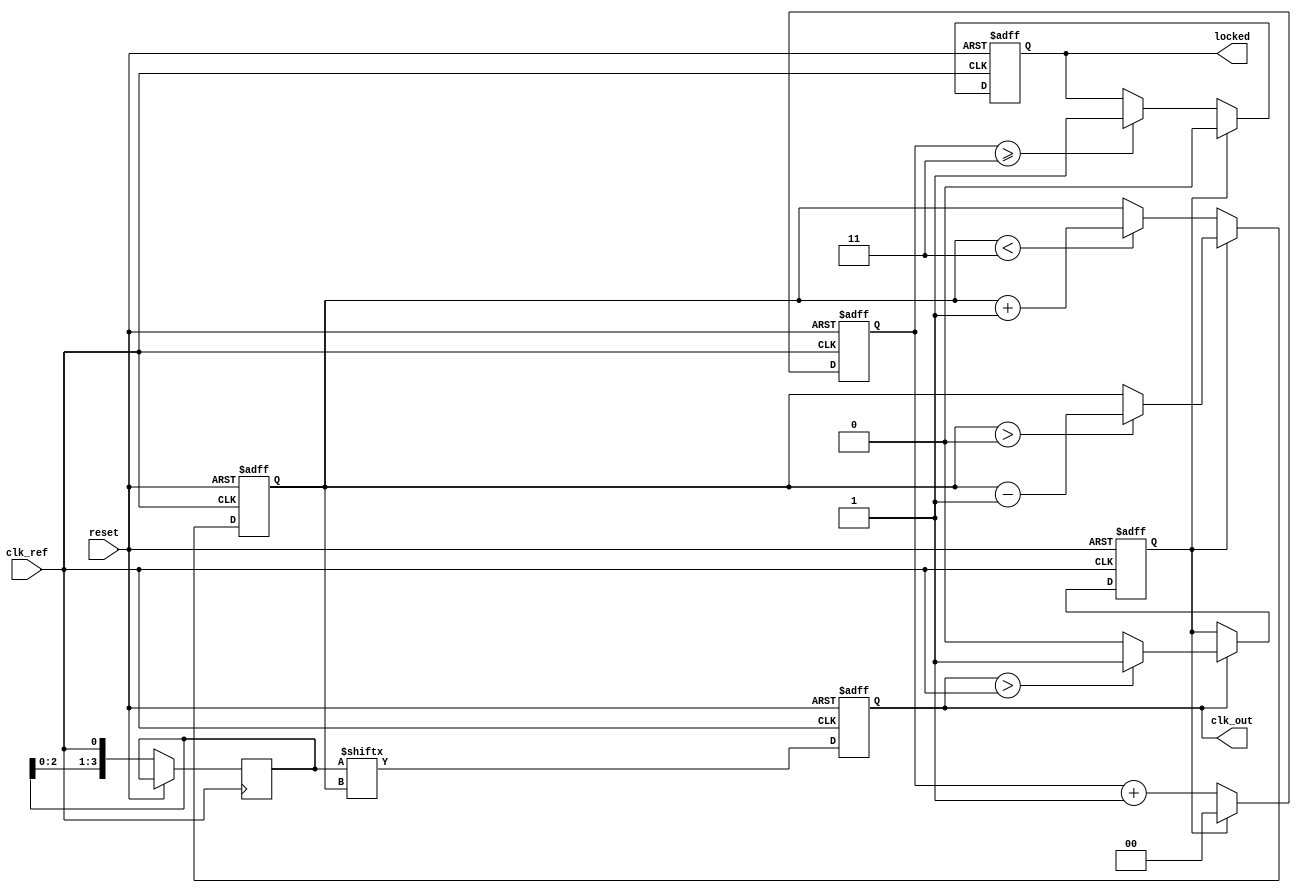
module memory_blocks_dll (
    input  wire clk_ref,      // Reference clock
    input  wire reset,        // Reset signal
    output reg  clk_out,      // Output clock
    output reg  locked        // Lock status
);

// Parameters
parameter MEMORY_BLOCK_COUNT = 4; // Number of memory blocks in delay line
parameter DELAY_TAP_WIDTH = 2;     // Width of each memory block (in clock cycles)

// Internal signals
reg [MEMORY_BLOCK_COUNT-1:0] delay_line; // Delay line composed of memory blocks
reg [MEMORY_BLOCK_COUNT-1:0] delay_control; // Control signals for memory blocks
reg phase_error;                      // Phase error signal
reg [1:0] lock_counter;               // Counter for lock detection
reg [1:0] delay_index;                // Current index for delay
    
// Phase Detector
always @(posedge clk_ref or posedge reset) begin
    if (reset) begin
        phase_error <= 0;
    end else begin
        // Simple phase comparison logic
        if (clk_out) begin
            phase_error <= (clk_out > clk_ref) ? 1 : 0; // 1 if clk_out leads, 0 if lags
        end
    end
end

// Delay Line Control Circuit
always @(posedge clk_ref or posedge reset) begin
    if (reset) begin
        delay_control <= 0;
        locked <= 0;
        clk_out <= 0;
        delay_index <= 0;
        lock_counter <= 0;
    end else begin
        // Adjust the delay based on phase_error
        if (phase_error) begin
            if (delay_index > 0) delay_index <= delay_index - 1; // decrement
        end else begin
            if (delay_index < MEMORY_BLOCK_COUNT - 1) delay_index <= delay_index + 1; // increment
        end
        
        // Updating delay line based on index
        delay_line <= {delay_line[MEMORY_BLOCK_COUNT-2:0], clk_ref}; // Shift in new clk_ref
        
        // Generate output clock from the delay line
        clk_out <= delay_line[delay_index];
        
        // Lock Detection
        if (phase_error == 0) begin
            lock_counter <= lock_counter + 1;
            if (lock_counter >= (MEMORY_BLOCK_COUNT - 1)) begin
                locked <= 1; // DLL is locked
            end
        end else begin
            lock_counter <= 0; // reset lock counter
            locked <= 0; // not locked
        end
    end
end

endmodule